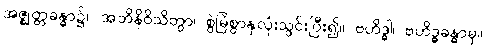
အဇ္ဈတ္တခန္ဓာ၌။ အဘိနိဝိသိတွာ၊ စွဲမြဲစွာနှလုံးသွင်းပြီး၍။ ဗဟိဒ္ဓါ၊ ဗဟိဒ္ဓခန္ဓာမှ။